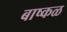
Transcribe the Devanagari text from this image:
बाष्कळ